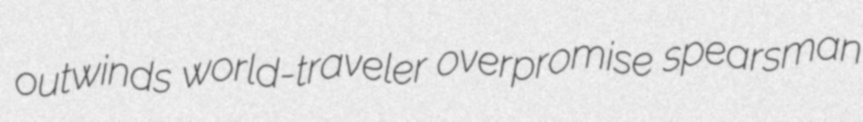
outwinds world-traveler overpromise spearsman